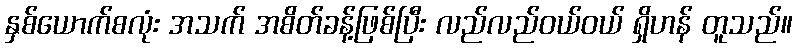
နှစ်ယောက်စလုံး အသက် အစိတ်ခန့်ဖြစ်ပြီး လည်လည်ဝယ်ဝယ် ရှိဟန် တူသည်။